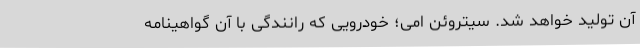
آن تولید خواهد شد. سیتروئن امی؛ خودرویی که رانندگی با آن گواهینامه